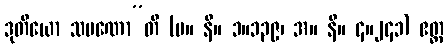
ဒုတိယော သမဏော”တိ (မ။ နိ။ ၁။၁၃၉၊ အ။ နိ။ ၄။၂၄၁) ဧတ္ထ